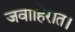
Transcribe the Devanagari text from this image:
जवाहिरात।